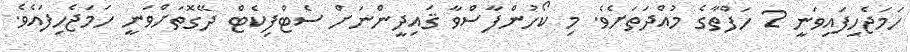
ހަމަޖެހިފައިވަނީ 2 ހަފްތާގެ މުއްދަތަށެވެ. މި ކޯހުންފާސްވާ ޤައިދީންނަށް ސެޓްފިކެޓް ދޭގޮތަށްވަނީ ހަމަޖެހިފައެވެ.